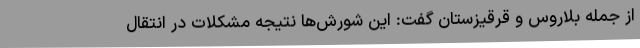
از جمله بلاروس و قرقیزستان گفت: این شورش‌ها نتیجه مشکلات در انتقال